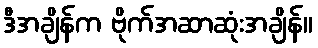
ဒီအချိန်က ဗိုက်အဆာဆုံးအချိန်။